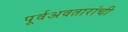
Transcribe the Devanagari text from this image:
पूर्वअवतारांची